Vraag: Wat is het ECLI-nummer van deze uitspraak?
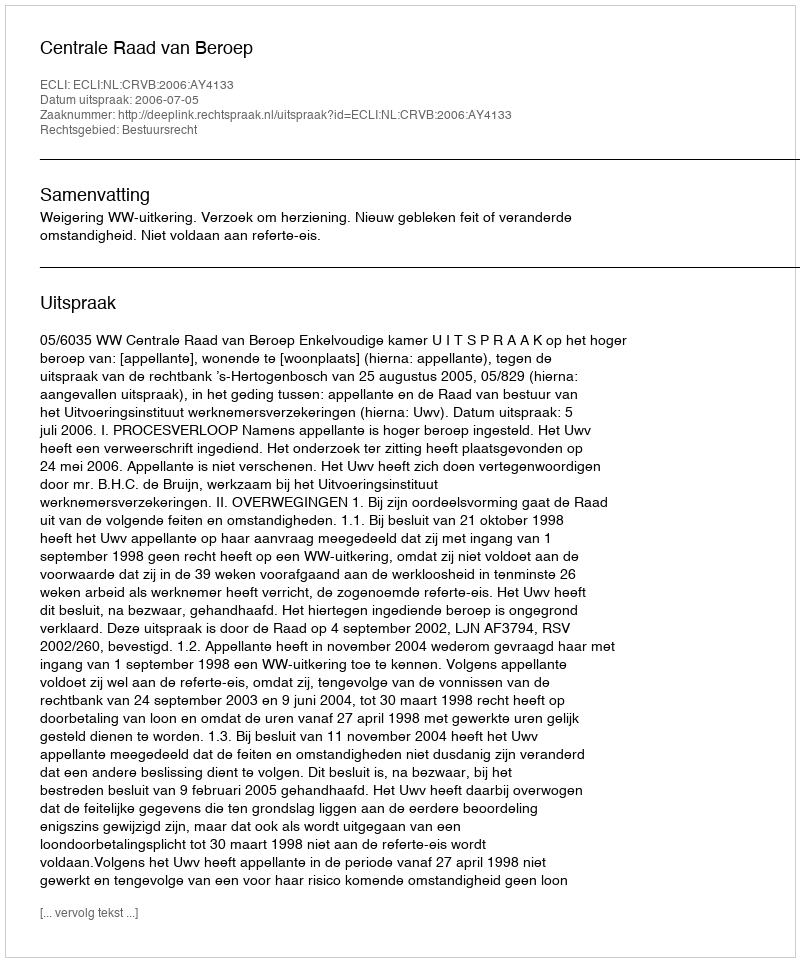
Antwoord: ECLI:NL:CRVB:2006:AY4133